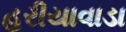
હરીયાવાડા